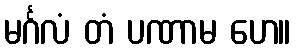
မင်္ဂလံ တံ ပဏာမ ဟေ။